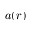
a ( r )